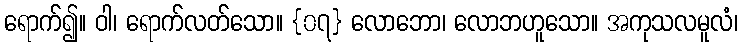
ရောက်၍။ ဝါ၊ ရောက်လတ်သော။ {၀၇} လောဘော၊ လောဘဟူသော။ အကုသလမူလံ၊